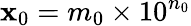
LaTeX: \mathbf{x}_{0}=m_{0}\times10^{n_{0}}